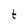
Character: t